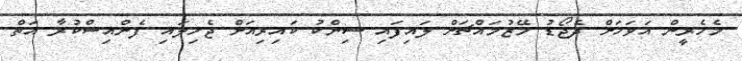
މެހެރީން އަވަހަށް ދެޖޯޑު މޭޒުމައްޗަށް ލައިފައި ސިންކު ކައިރިއަށް ޖެހިލައި ފެންއިސްކުރާ އަތް